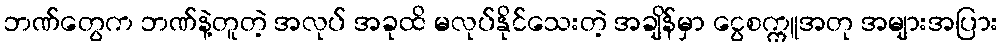
ဘဏ်တွေက ဘဏ်နဲ့တူတဲ့ အလုပ် အခုထိ မလုပ်နိုင်သေးတဲ့ အချိန်မှာ ငွေစက္ကူအတု အများအပြား